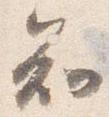
知